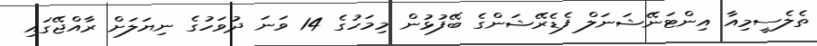
ތެލެސީމިއާ އިންޓަނޭޝަނަލް ފެޑެރޭޝަންގެ ބޭފުޅުން މިމަހުގެ 14 ވަނަ ދުވަހުގެ ނިޔަލަށް ރާއްޖޭގައި